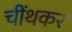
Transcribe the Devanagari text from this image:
चींथकर